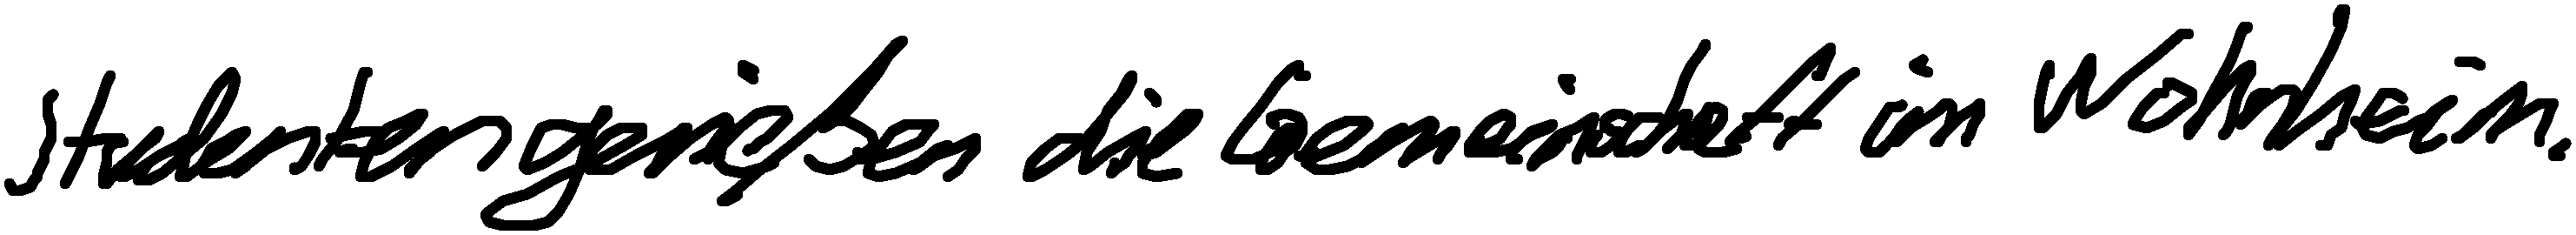
Studenten genießen die Gemeinschaft im Wohnheim.